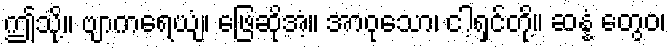
ဤသို့။ ဗျာကရေယျံ၊ ဖြေဆိုအံ့။ အာဝုသော၊ ငါ့ရှင်တို့။ ဆန္နံ တွေဝ၊